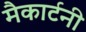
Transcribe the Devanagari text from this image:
मैकार्टनी